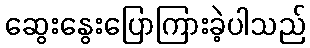
ဆွေးနွေးပြောကြားခဲ့ပါသည်